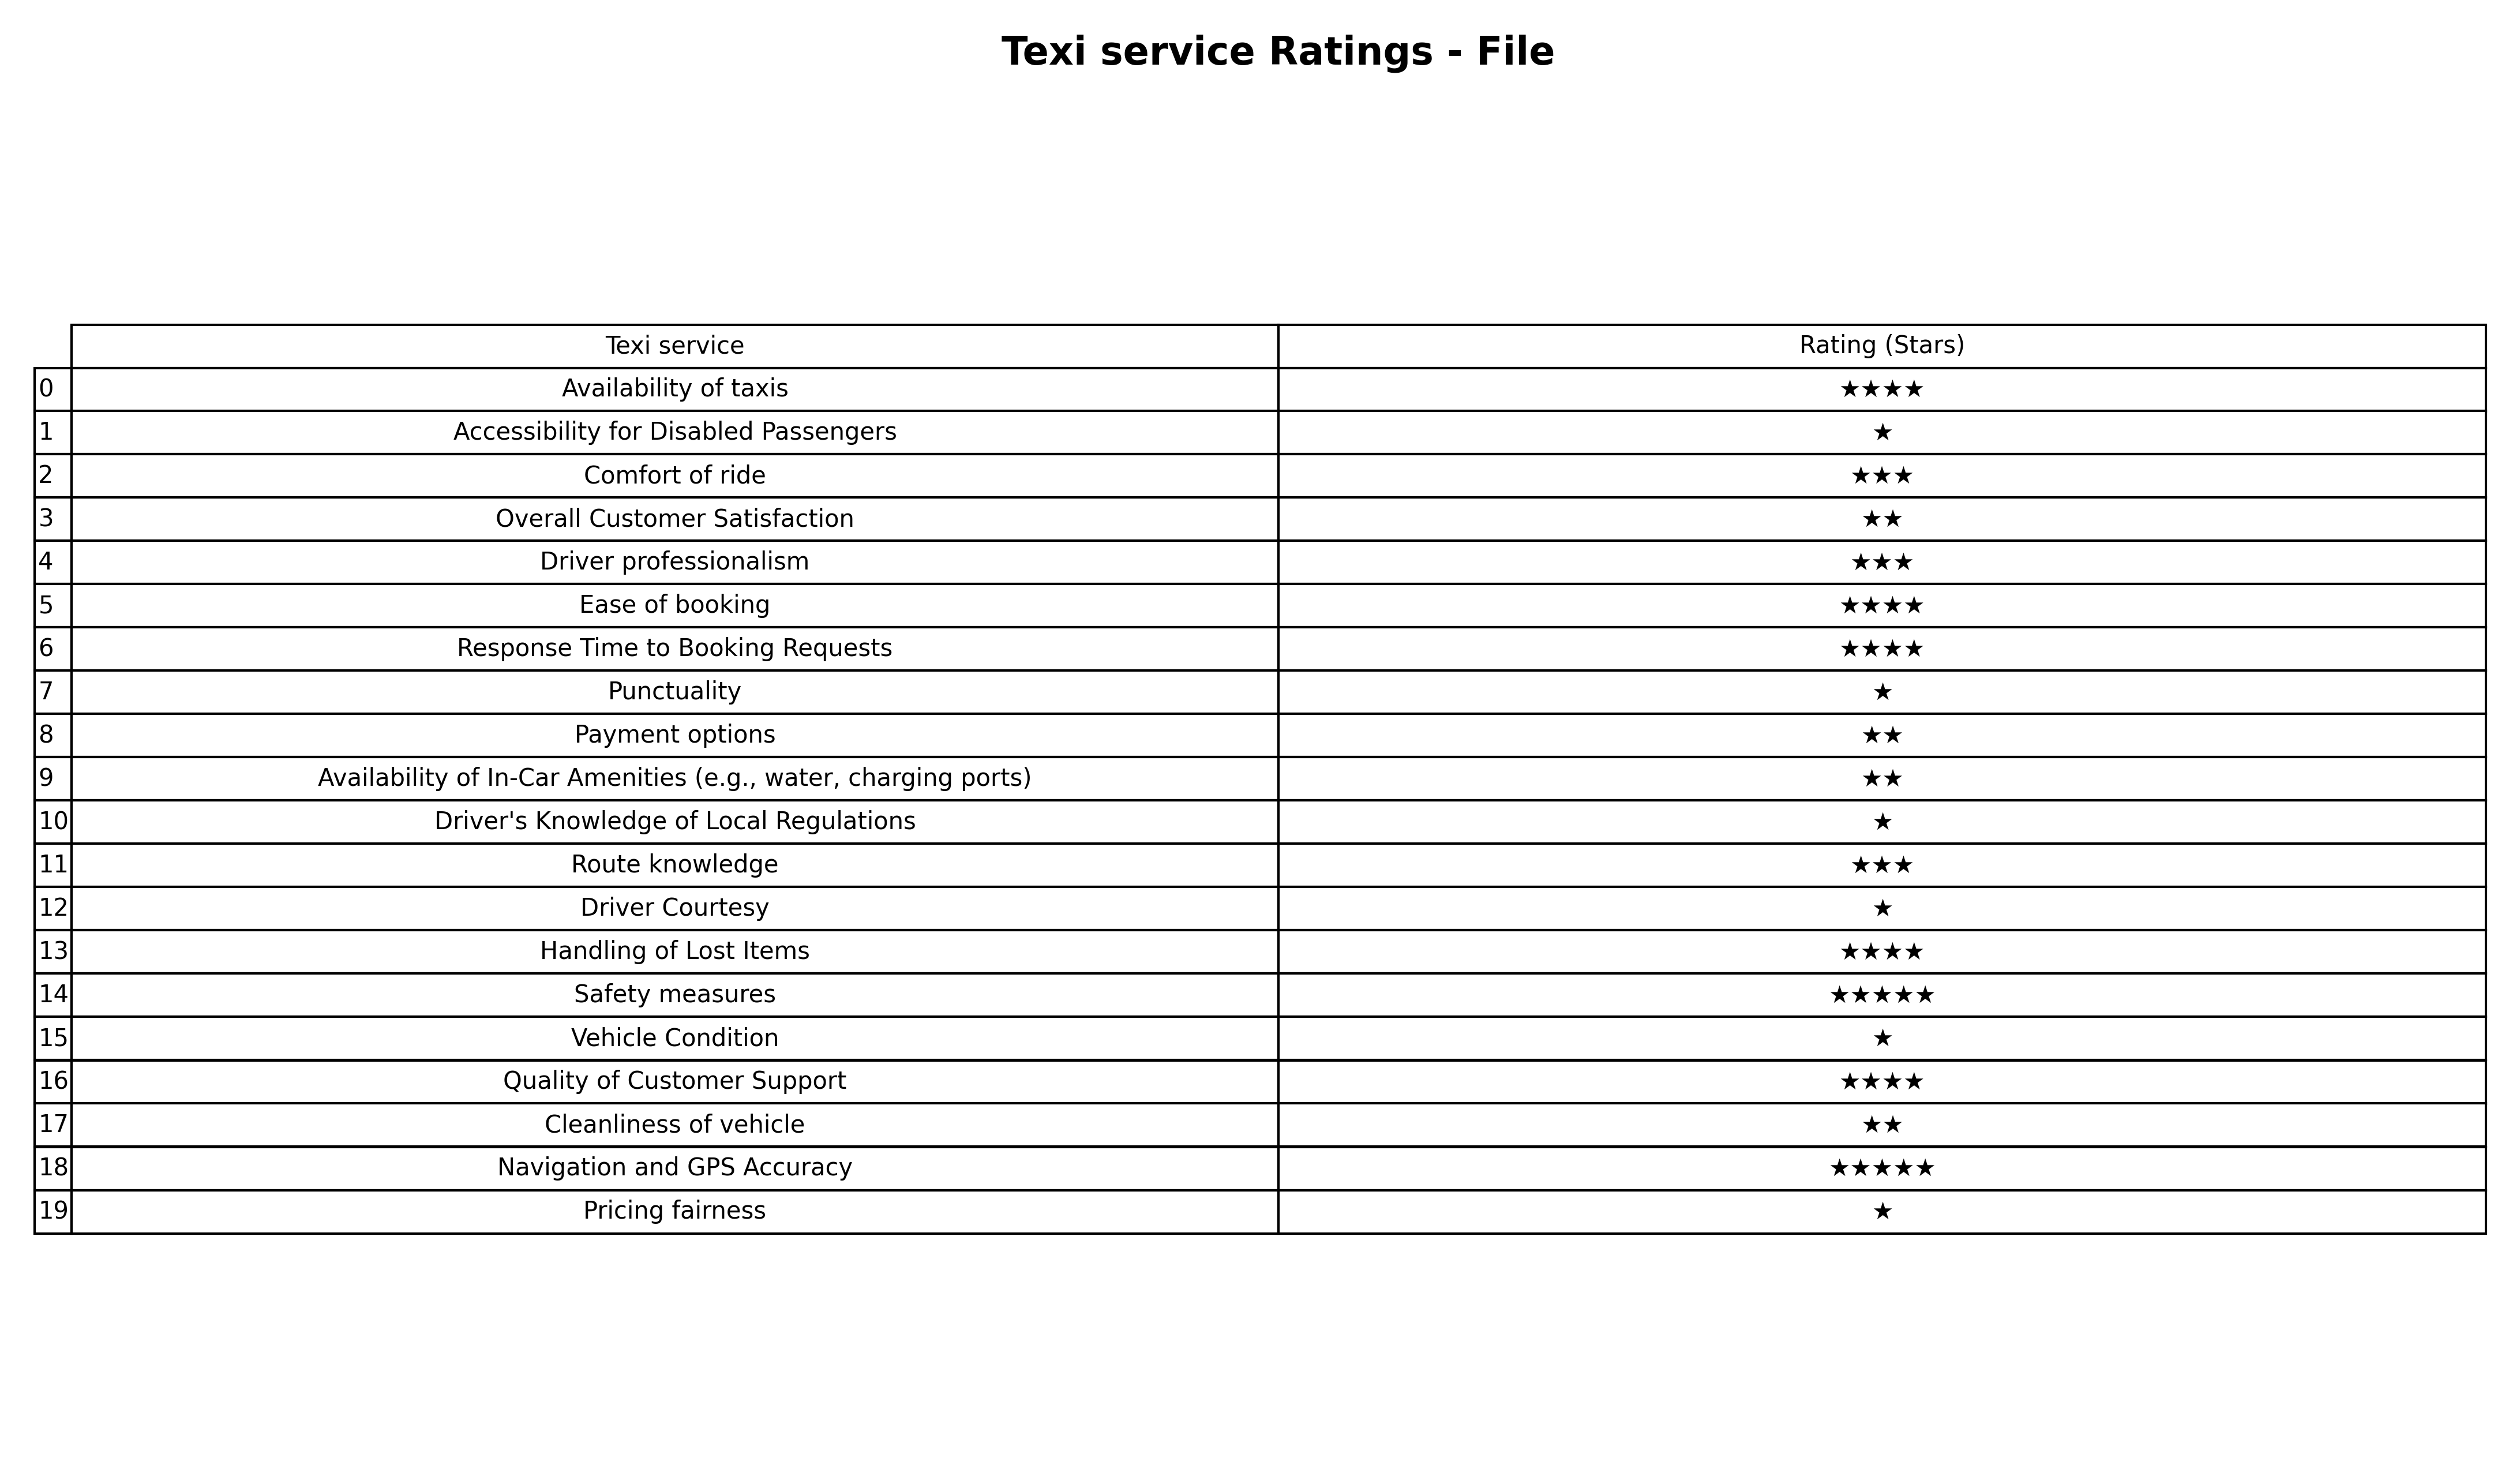
question: What is the rating of Cleanliness of vehicle?
answer: ★★